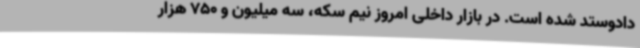
دادوستد شده است. در بازار داخلی امروز نیم سکه، سه میلیون و 750 هزار